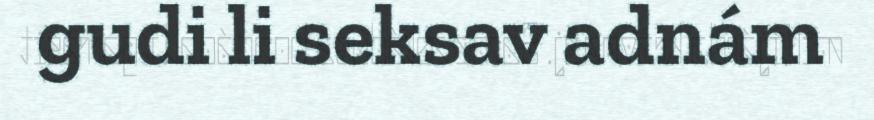
gudi li seksav adnám